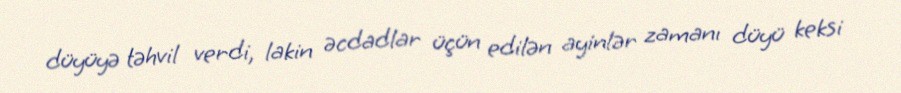
düyüyə təhvil verdi, lakin əcdadlar üçün edilən ayinlər zamanı düyü keksi